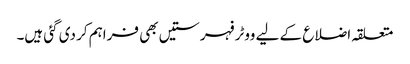
متعلقہ اضلاع کے لیے ووٹر فہرستیں بھی فراہم کر دی گئی ہیں۔